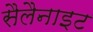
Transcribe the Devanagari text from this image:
सैलैनाइट